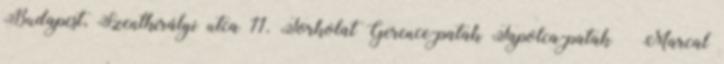
Budapest, Szentkirályi utca 11. Torkolat Gerence-patak Tapolca-patak → Marcal